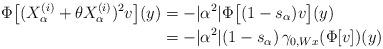
LaTeX: \begin{align*}\Phi\bigl[(X_\alpha^{(i)} +\theta X_\alpha^{(i)})^2 v\bigr](y)&=-|\alpha^2|\Phi\bigl[(1-s_\alpha) v\bigr](y)\\&=-|\alpha^2|(1-s_\alpha)\,\gamma_{0,Wx}(\Phi[v])(y)\end{align*}